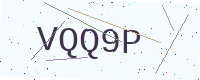
Text: VQQ9P